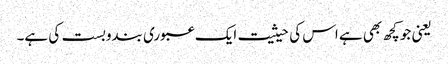
یعنی جو کچھ بھی ہے اس کی حیثیت ایک عبوری بندوبست کی ہے۔